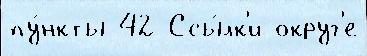
пу́нкты 42 Ссы́лк'и округ'е